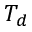
T _ { d }